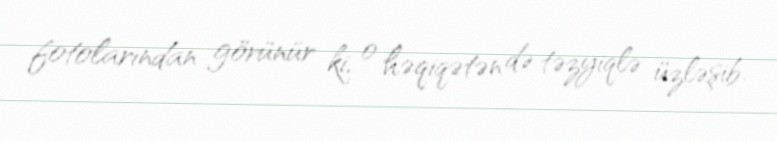
fotolarından görünür ki, o həqiqətən də təzyiqlə üzləşib.